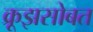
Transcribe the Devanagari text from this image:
क्रूझसोबत